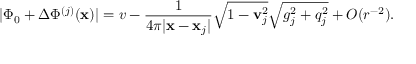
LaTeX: | \Phi _ { 0 } + \Delta \Phi ^ { ( j ) } ( { \bf x } ) | = v - \frac { 1 } { 4 \pi | { \bf x } - { \bf x } _ { j } | } \sqrt { 1 - { \bf v } _ { j } ^ { 2 } } \sqrt { g _ { j } ^ { 2 } + q _ { j } ^ { 2 } } + O ( r ^ { - 2 } ) .